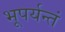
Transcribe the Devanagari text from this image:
भूपर्यन्तं